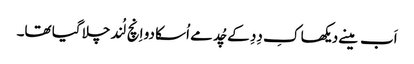
اَب مینے دیکھا کِ دِدِ کے چُد مے اُسکا دو اِنچ لُند چلا گیا تھا۔